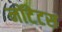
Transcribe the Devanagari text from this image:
नॉटेटस